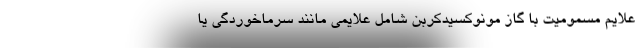
علایم مسمومیت با گاز مونوکسیدکربن شامل علایمی مانند سرماخوردگی یا